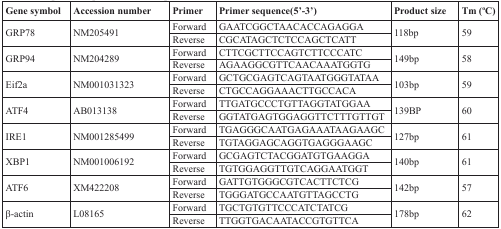
<table><thead><tr><td><b>Gene symbol</b></td><td><b>Accession number</b></td><td><b>Primer</b></td><td><b>Primer sequence(5′-3′)</b></td><td><b>Product size</b></td><td><b>Tm (°C)</b></td></tr></thead><tbody><tr><td rowspan="2">GRP78</td><td rowspan="2">NM205491</td><td>Forward</td><td>GAATCGGCTAACACCAGAGGA</td><td rowspan="2">118bp</td><td rowspan="2">59</td></tr><tr><td>Reverse</td><td>CGCATAGCTCTCCAGCTCATT</td></tr><tr><td rowspan="2">GRP94</td><td rowspan="2">NM204289</td><td>Forward</td><td>CTTCGCTTCCAGTCTTCCCATC</td><td rowspan="2">149bp</td><td rowspan="2">58</td></tr><tr><td>Reverse</td><td>AGAAGGCGTTCAACAAATGGTG</td></tr><tr><td rowspan="2">Eif2a</td><td rowspan="2">NM001031323</td><td>Forward</td><td>GCTGCGAGTCAGTAATGGGTATAA</td><td rowspan="2">103bp</td><td rowspan="2">59</td></tr><tr><td>Reverse</td><td>CTGCCAGGAAACTTGCCACA</td></tr><tr><td rowspan="2">ATF4</td><td rowspan="2">AB013138</td><td>Forward</td><td>TTGATGCCCTGTTAGGTATGGAA</td><td rowspan="2">139BP</td><td rowspan="2">60</td></tr><tr><td>Reverse</td><td>GGTATGAGTGGAGGTTCTTTGTTGT</td></tr><tr><td rowspan="2">IRE1</td><td rowspan="2">NM001285499</td><td>Forward</td><td>TGAGGGCAATGAGAAATAAGAAGC</td><td rowspan="2">127bp</td><td rowspan="2">61</td></tr><tr><td>Reverse</td><td>TGTAGGAGCAGGTGAGGGAAGC</td></tr><tr><td rowspan="2">XBP1</td><td rowspan="2">NM001006192</td><td>Forward</td><td>GCGAGTCTACGGATGTGAAGGA</td><td rowspan="2">140bp</td><td rowspan="2">61</td></tr><tr><td>Reverse</td><td>TGTGGAGGTTGTCAGGAATGGT</td></tr><tr><td rowspan="2">ATF6</td><td rowspan="2">XM422208</td><td>Forward</td><td>GATTGTGGGCGTCACTTCTCG</td><td rowspan="2">142bp</td><td rowspan="2">57</td></tr><tr><td>Reverse</td><td>TGGGATGCCAATGTTAGCCTG</td></tr><tr><td rowspan="2">β-actin</td><td rowspan="2">L08165</td><td>Forward</td><td>TGCTGTGTTCCCATCTATCG</td><td rowspan="2">178bp</td><td rowspan="2">62</td></tr><tr><td>Reverse</td><td>TTGGTGACAATACCGTGTTCA</td></tr></tbody></table>